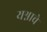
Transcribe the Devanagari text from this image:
यश्नाचे